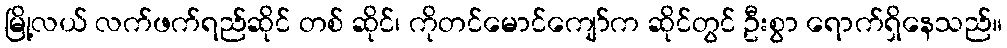
မြို့လယ် လက်ဖက်ရည်ဆိုင် တစ် ဆိုင်၊ ကိုတင်မောင်ကျော်က ဆိုင်တွင် ဦးစွာ ရောက်ရှိနေသည်။